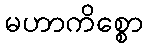
မဟာကိစ္စော